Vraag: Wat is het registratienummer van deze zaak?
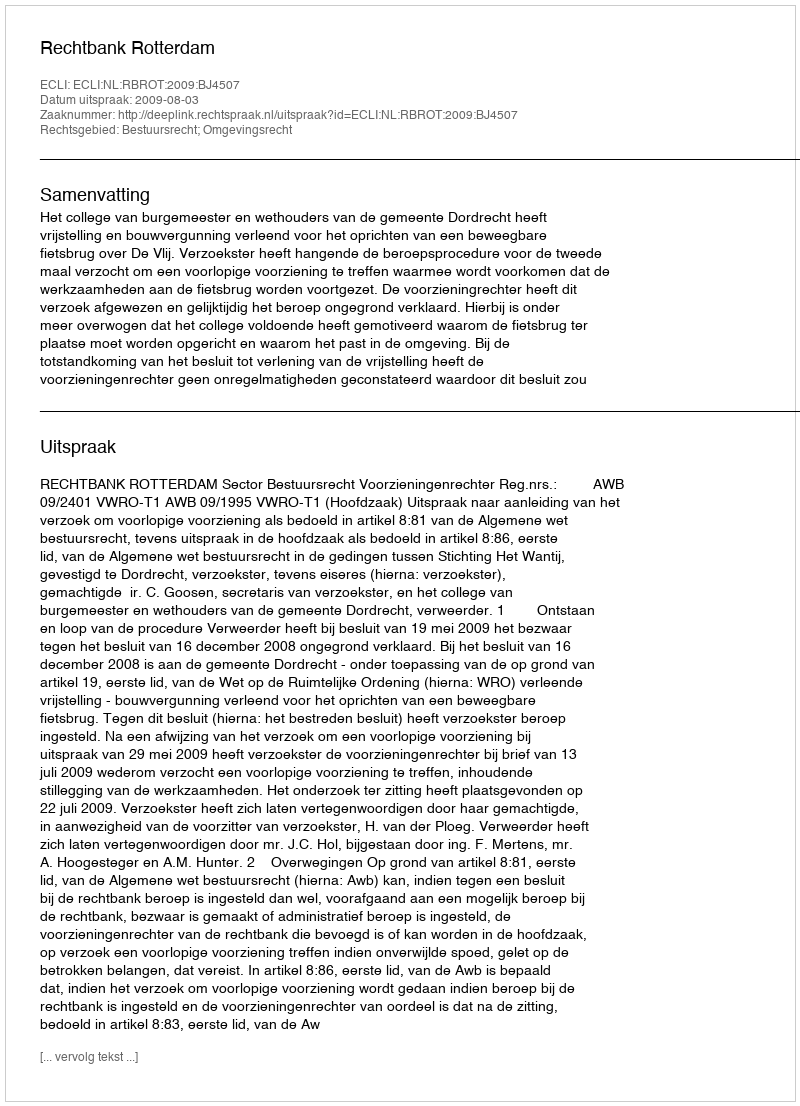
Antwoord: http://deeplink.rechtspraak.nl/uitspraak?id=ECLI:NL:RBROT:2009:BJ4507